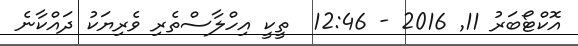
އޮކްޓޯބަރު 11